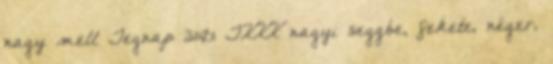
nagy mell Tegnap 31:01 TXXX nagyi seggbe, fekete, néger,